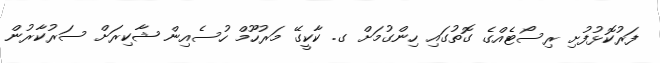
ފަރުކޮޅުފުށި ރިސޯޓެއްގެ ގޮތުގައި ހިންގުމަށް ގ. ކާކީގޭ މަރުހޫމް ހުސެއިން ޝާކިރަށް ސަރުކާރުން